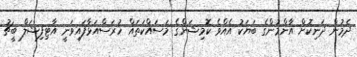
ދެމުން ދަނިކޮށް އާންމުންގެ ބަޔަކު އެއްވެ ކޮމިޝަންގެ މަސައްކަތައް ހުރަސްއަޅާފައިވަނީ އާޓިފިޝަލް ބީޗު